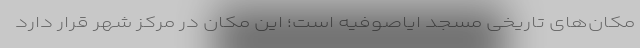
مکان‌های تاریخی مسجد ایاصوفیه است؛ این مکان در مرکز شهر قرار دارد